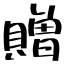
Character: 贈